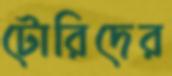
টোরিদের